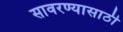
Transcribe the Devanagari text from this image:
सावरण्यासाठी